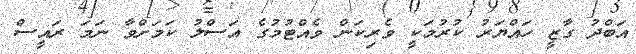
އަބްދު ގާޒީ ހައްޔަރު ކުރުމަކީ ވެރިކަން ވެއްޓުމުގެ އަސްލު ކަމަށްވާ ނަމަ ރައީސް